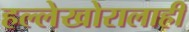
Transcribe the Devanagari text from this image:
हल्लेखोरालाही